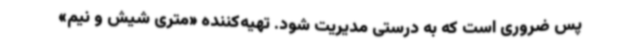
پس ضروری است که به درستی مدیریت شود. تهیه‌کننده «متری شیش و نیم»